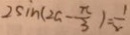
2 \sin ( 2 a - \frac { \pi } { 3 } ) = \frac { 1 } { 2 }